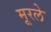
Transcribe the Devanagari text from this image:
मूरले